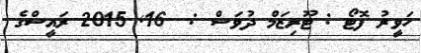
ހަވީރު ފޮޓޯ : ޓޫރިޒަމް ދުވަސް :  16